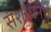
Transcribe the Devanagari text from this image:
संशोधनच